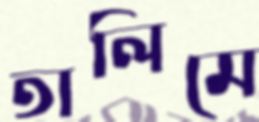
তালিমে